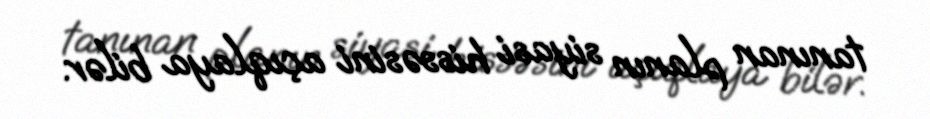
tanınan planın siyasi hissəsini açıqlaya bilər.